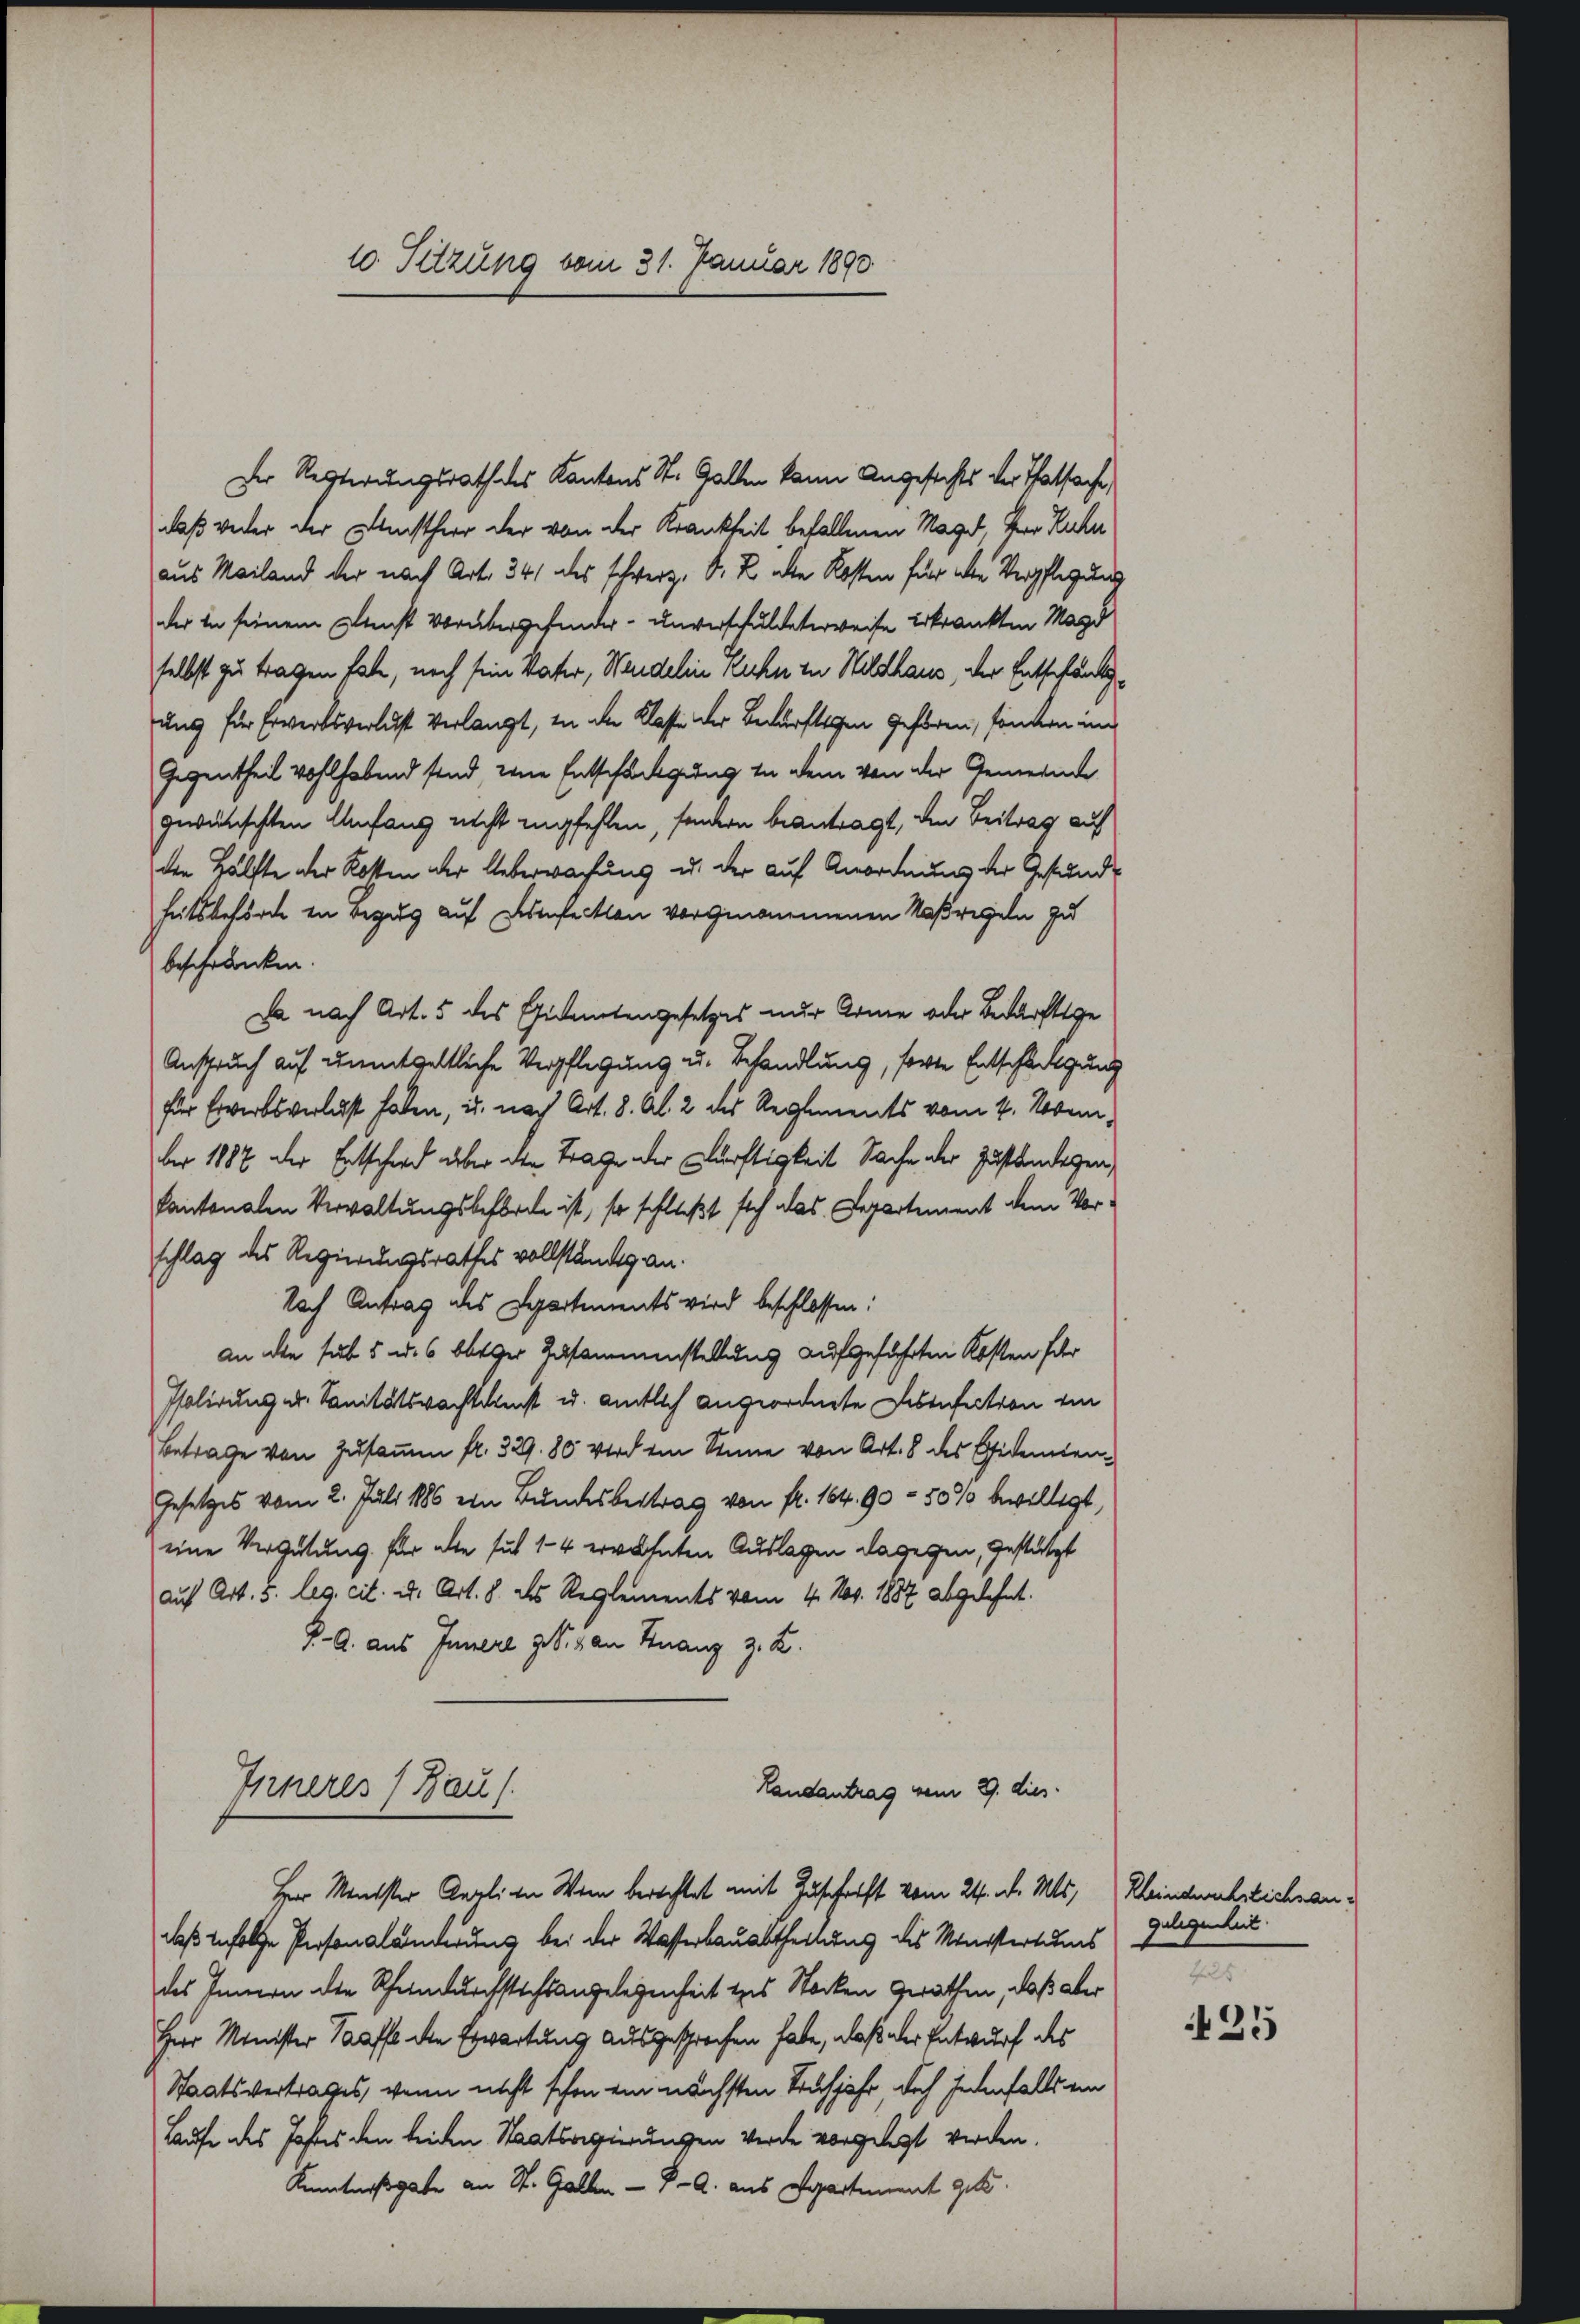
10. Sitzung vom 31. Januar 1890

Der Resterungsrath des Kantons St. Gallen kann Angesichts der Thatsache
daß weder der Machtherr der von der Krankheit befallenen Nagel, Herr Ruhe
aus Mailand der nach Art. 341 des schwerz, D. R. alle Kosten für alle Verpflegung
der in seinem Dunst vorübergehinder- unverschuldeterweise Erkrankten Mayd
selbst zu tragen habe, noch sein Vater, Weidelin Kuhn zu Wildhaus, der Entschändigung für Erwerksverlust verlangt, in die Klasse der Bedürftigen gehören, sondern im
Gegentheil wohlhabend sind, eine Entschädigung in dein von der Gemeinde
gewünschten Anfang nicht empfehlen, sondern beantragt, den Beitrag auf
den Hälfte der Rotten der Ueberwachung u. der auf Anordnung der Gesundheitsbehörde in Bezug auf Diensteckten vorgenommenen Naßregeln zu
beschränken.
Da nach Art. 5 des Eidentengesetzes nur Arme oder Bedürftige
Anspruch auf unentgeltliche Verpflegung u. Behandlung, sorte Entschädigung
für Erwerbsverlasst haben, u. nach Art. 8. Al. 2 des Reglements vom 4. November 1887 der Entschied über den Trage der Dürftigkeit Sache der Zustandegen,
Cantonalen Verwaltungsbeförde ist, so schließt sich als Departement dem Vorschlag des Regierungsrathes vollständig an.
Nach Antrag des Departements wird beschlossen:
an die sub 5 u. 6 beiger Zusammenstellung aufgeführten Kosten für
Isolirung u. Sanitätswachtenst u. amtlich angeordnete Lebensaction ein
Betrage von Zusammen fr. 329. 80. Wird ein Sinne von Art. 8 des Epidemien-
Gesetzes vom 2. Juli 1886 ein Bundesbertrag von fr. 164. 90 - 50% bewilligt,
eine Vergütung für alle sub 14 erwähnten Auslagen dagegen, gestützt
auf Art. 5. leg. cit. u. Art. 8. des Reglements vom 4. Nov. 1887 abgelehnt.
J. A. aus Innere geb. von Finanz z. Z.
Inheres (Baus
Landantrag vom 9. dies
Herr Minister Carli in Wein berechtet mit Zuschrift vom 24. d. Mts. Keindwehrlichsandaß infolge Personaländerung bei der Wasserbauabtheilung des Ministertums
des Innern die Rheindurchstichtangelegenheit des Stocken gerathen, daß aber
Herr Minister Taaffe die Erwartung ausgesprochen habe, daß der Entwurf des
Staatsvertrages, wenn nicht schon ein nächsten Strafjahr, doch jedenfalls ein
Laufe des Jahres den beiden Staatsregierungen werde vorgelegt werden.

gelegenheit
fus

35